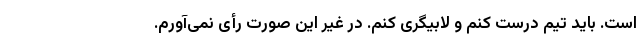
است. باید تیم درست کنم و لابیگری کنم. در غیر این صورت رأی نمی‌آورم.